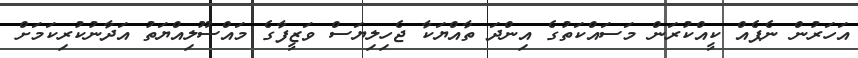
އަހަރުން ނެޕެއް ކީއްކުރަން މަސައްކަތުގެ އިންދަ ތާއްޔަކާ ޖެހިލިޔަސް ވަޒީފާގެ މައްސޫލިއްޔަތު އަދާނުކުރިކަމަށް